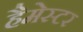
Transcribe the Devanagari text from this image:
हैमेस्टर